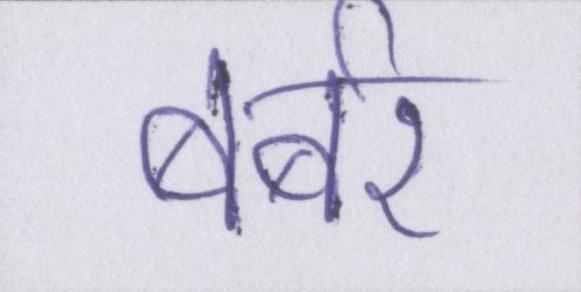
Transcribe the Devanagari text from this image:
बर्बर